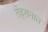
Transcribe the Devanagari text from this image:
तेहरानात